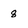
Character: 8